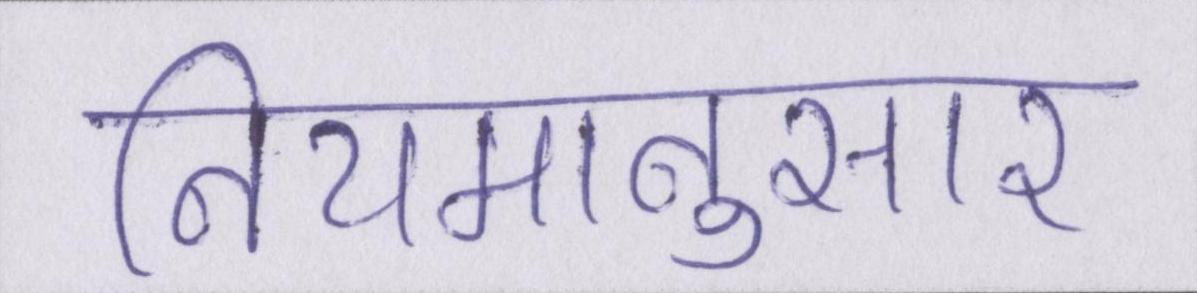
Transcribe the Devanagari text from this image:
नियमानुसार